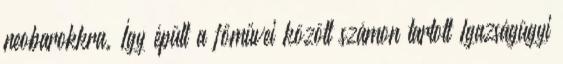
neobarokkra. Így épült a főművei között számon tartott Igazságügyi